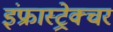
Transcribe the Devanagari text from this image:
इंफ्रास्ट्रेक्चर